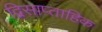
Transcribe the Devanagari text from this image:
द्विसाप्‍ताहिक